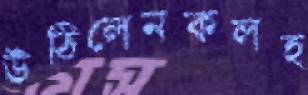
উঠিলেনকলহ